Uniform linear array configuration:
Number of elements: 24
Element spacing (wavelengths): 0.25
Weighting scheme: cosine
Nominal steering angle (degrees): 30
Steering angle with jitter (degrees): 28.816
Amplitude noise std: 0.05
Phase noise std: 0.05

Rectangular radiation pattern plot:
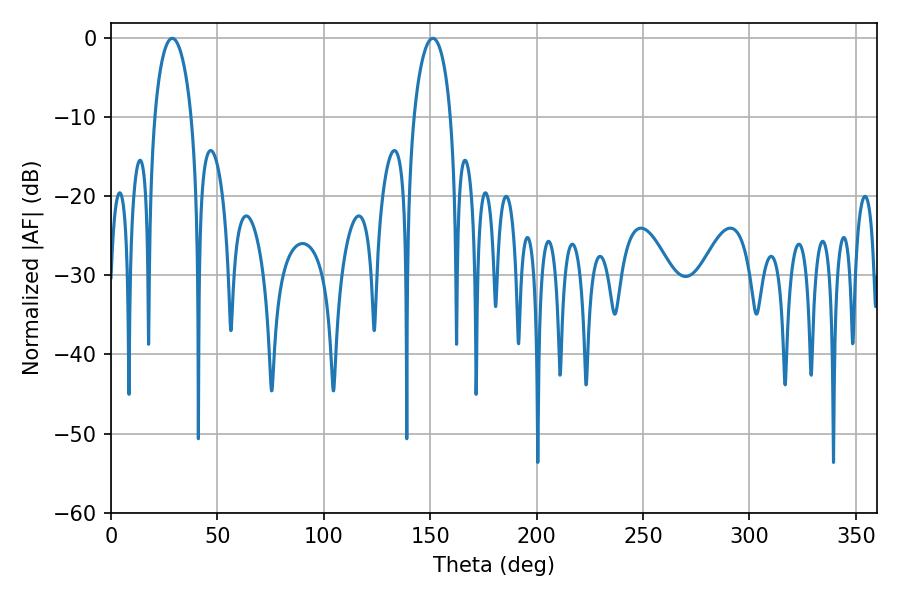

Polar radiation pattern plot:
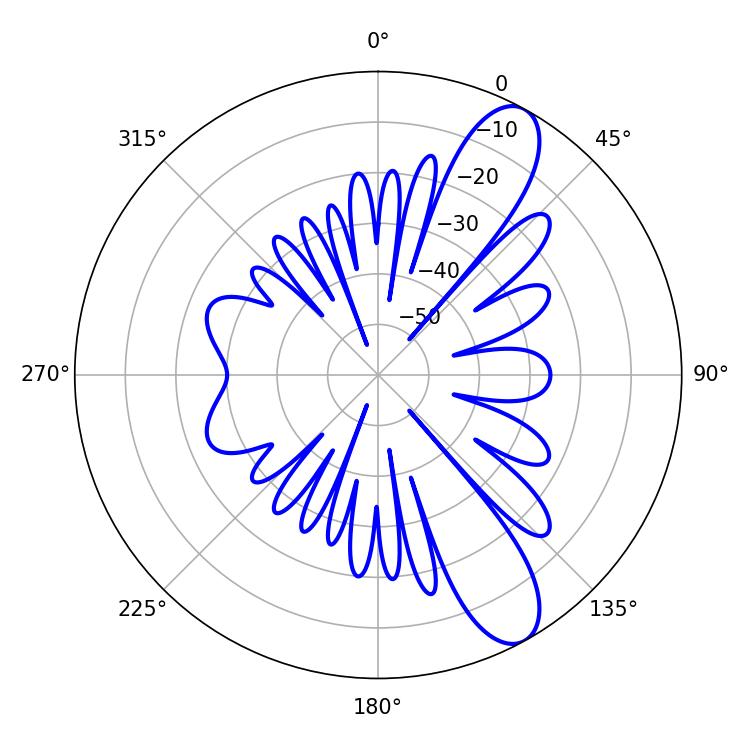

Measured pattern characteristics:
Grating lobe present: FALSE
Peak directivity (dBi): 10.427
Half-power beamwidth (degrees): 9.9
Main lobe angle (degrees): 28.8